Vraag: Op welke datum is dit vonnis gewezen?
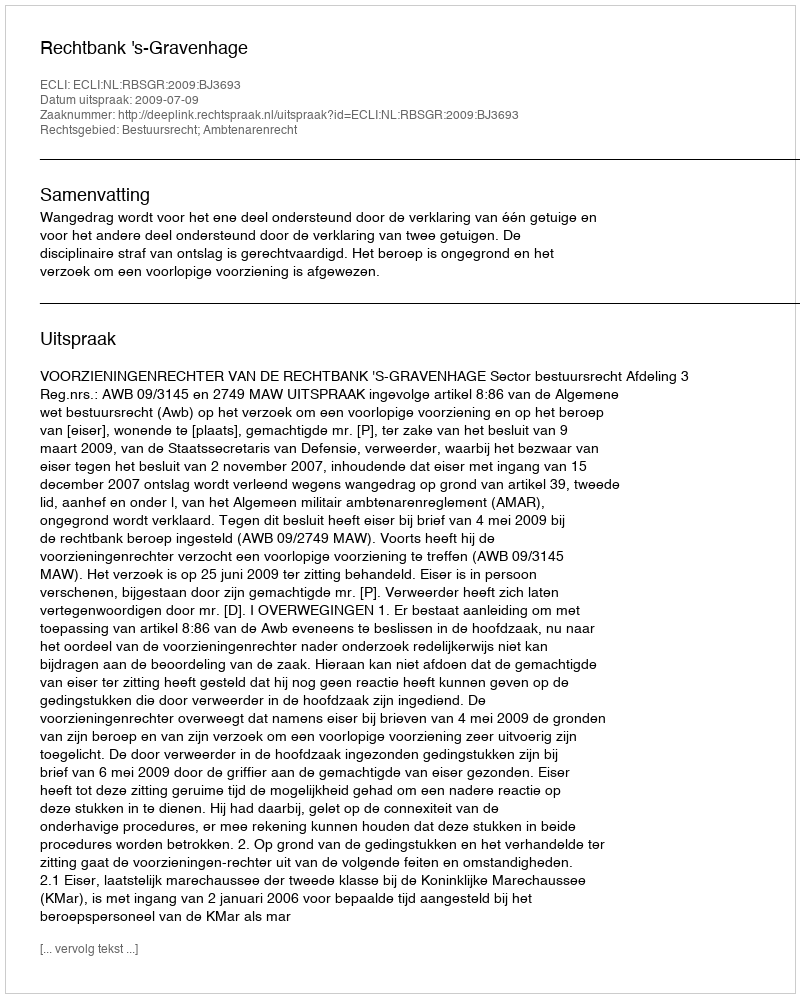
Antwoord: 2009-07-09